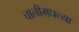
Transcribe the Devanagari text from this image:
चालीमधल्या